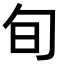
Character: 旬